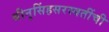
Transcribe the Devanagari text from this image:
श्रीनृसिंहसरस्वतींची